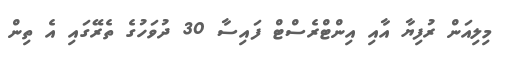
މިލިއަން ރުފިޔާ އާއި އިންޓްރެސްޓް ފައިސާ 30 ދުވަހުގެ ތެރޭގައި އެ ތިން